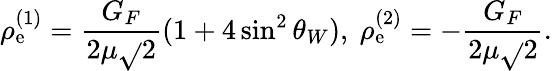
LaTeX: \rho_{\mathrm{e}}^{(1)}={\frac{{G_{F}}}{{2\mu\sqrt{}{2}}}}(1+4\sin^{2}\theta_{W}),\ \rho_{\mathrm{e}}^{(2)}=-{\frac{{G_{F}}}{{2\mu\sqrt{}{2}}}}.